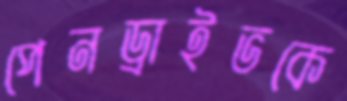
পেনড্রাইভকে